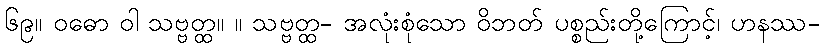
၆၉။ ဝဓော ဝါ သဗ္ဗတ္ထ။ ။ သဗ္ဗတ္ထ- အလုံးစုံသော ဝိဘတ် ပစ္စည်းတို့ကြောင့်၊ ဟနဿ-